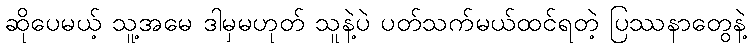
ဆိုပေမယ့် သူ့အမေ ဒါမှမဟုတ် သူနဲ့ပဲ ပတ်သက်မယ်ထင်ရတဲ့ ပြဿနာတွေနဲ့